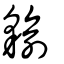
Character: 貐